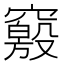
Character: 𰩝